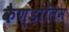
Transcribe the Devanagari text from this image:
कैण्डोलिम